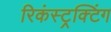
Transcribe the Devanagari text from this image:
रिकंस्ट्रक्टिंग